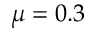
\mu = 0 . 3